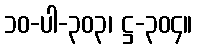
၁၀-ပါ-၃၀၃၊ ဋ္ဌ-၃၀၄။